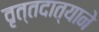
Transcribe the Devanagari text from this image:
वृत्तदात्याने